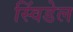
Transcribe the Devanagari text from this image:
स्विंडेल